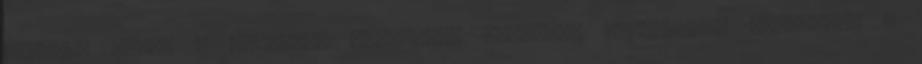
képest. Pedig a forgalom lehetőség szerinti gyorsítása érdekében a